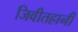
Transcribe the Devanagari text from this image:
जिवीतहानी